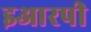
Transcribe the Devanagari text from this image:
इआरपी